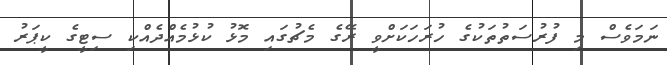
ނަމަވެސް މި ފުރުސަތުތަކުގެ ހުރަހަކަށްވީ ރޭގެ މެޗުގައި މޮޅު ކުޅުމެއްދެއްކި ސިޓީގެ ކީޕަރު